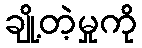
ချို့တဲ့မှုကို